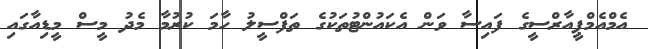
އެމްއެމްޕީއާރްސީގެ ފައިސާ ވަން އެކައުންޓުތަކުގެ ތަފްސީލު ހާމަ ކުރުމާ މެދު މީސް މީޑިއާގައި